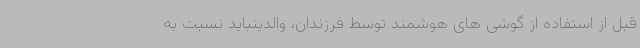
قبل از استفاده از گوشی های هوشمند توسط فرزندان، والدینباید نسبت به